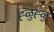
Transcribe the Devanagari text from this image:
ह्ळुह्ळु